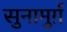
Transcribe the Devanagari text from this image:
सुनामुर्ग़